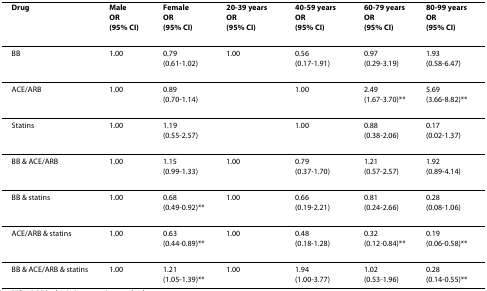
<table><thead><tr><td><b>Drug</b></td><td><b>MaleOR(95% CI)</b></td><td><b>FemaleOR(95% CI)</b></td><td><b>20-39 yearsOR(95% CI)</b></td><td><b>40-59 yearsOR(95% CI)</b></td><td><b>60-79 yearsOR(95% CI)</b></td><td><b>80-99 yearsOR(95% CI)</b></td></tr></thead><tbody><tr><td>BB</td><td>1.00</td><td>0.79(0.61-1.02)</td><td>1.00</td><td>0.56(0.17-1.91)</td><td>0.97(0.29-3.19)</td><td>1.93(0.58-6.47)</td></tr><tr><td>ACE/ARB</td><td>1.00</td><td>0.89(0.70-1.14)</td><td>[EMPTY_CELL]</td><td>1.00</td><td>2.49(1.67-3.70)**</td><td>5.69(3.66-8.82)**</td></tr><tr><td>Statins</td><td>1.00</td><td>1.19(0.55-2.57)</td><td>[EMPTY_CELL]</td><td>1.00</td><td>0.88(0.38-2.06)</td><td>0.17(0.02-1.37)</td></tr><tr><td>BB &amp; ACE/ARB</td><td>1.00</td><td>1.15(0.99-1.33)</td><td>1.00</td><td>0.79(0.37-1.70)</td><td>1.21(0.57-2.57)</td><td>1.92(0.89-4.14)</td></tr><tr><td>BB &amp; statins</td><td>1.00</td><td>0.68(0.49-0.92)**</td><td>1.00</td><td>0.66(0.19-2.21)</td><td>0.81(0.24-2.66)</td><td>0.28(0.08-1.06)</td></tr><tr><td>ACE/ARB &amp; statins</td><td>1.00</td><td>0.63(0.44-0.89)**</td><td>1.00</td><td>0.48(0.18-1.28)</td><td>0.32(0.12-0.84)**</td><td>0.19(0.06-0.58)**</td></tr><tr><td>BB &amp; ACE/ARB &amp; statins</td><td>1.00</td><td>1.21(1.05-1.39)**</td><td>1.00</td><td>1.94(1.00-3.77)</td><td>1.02(0.53-1.96)</td><td>0.28(0.14-0.55)**</td></tr></tbody></table>